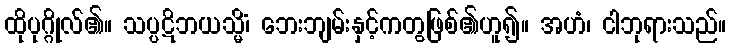
ထိုပုဂ္ဂိုလ်၏။ သပ္ပဋိဘယသ္မိံ၊ ဘေးဘျမ်းနှင့်ကတွဖြစ်၏ဟူ၍။ အဟံ၊ ငါဘုရားသည်။